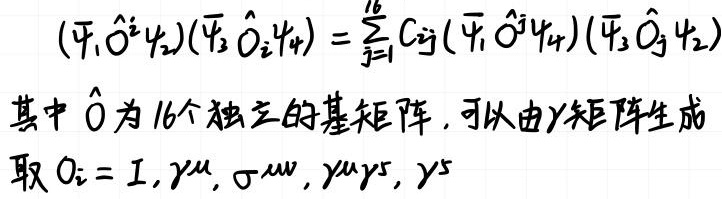
\[ (\bar{\psi}_1 \hat{O}^i \psi_2)(\bar{\psi}_3 \hat{O}_i \psi_4) = \sum_{j=1}^{16} C_{ij} (\bar{\psi}_1 \hat{O}^j \psi_4)(\bar{\psi}_3 \hat{O}_j \psi_2) \]
其中 \(\hat{O}\) 为 16 个独立的基矩阵，可以由 \(\gamma\) 矩阵生成
取 \(O_i = I, \gamma^\mu, \sigma^{\mu\nu}, \gamma^\mu \gamma^5, \gamma^5\)